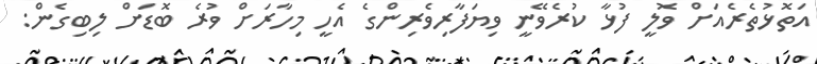
އަތޮޅުތެރެއަށް ވޮލީ ފުޅާ ކުރެވޭނީ ވިޔަފާރިވެރިންގެ އެހީ މިހާރަށް ވުރެ ބޮޑަށް ލިބިގެން: